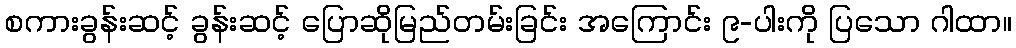
စကားခွန်းဆင့် ခွန်းဆင့် ပြောဆိုမြည်တမ်းခြင်း အကြောင်း ၉-ပါးကို ပြသော ဂါထာ။